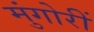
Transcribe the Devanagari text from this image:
मुंगोरीं